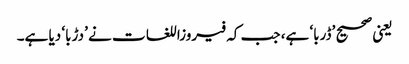
یعنی صحیح ’ڈربا‘ ہے، جب کہ فیروزاللغات نے ’دڑبا‘ دیا ہے۔